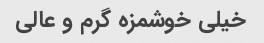
خیلی خوشمزه گرم و عالی